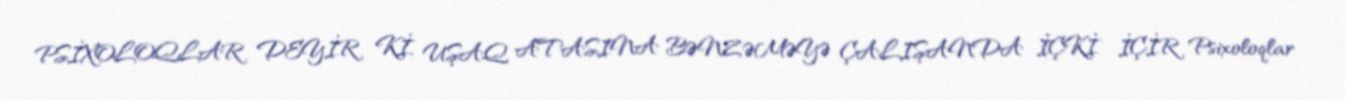
PSİXOLOQLAR DEYİR Kİ, UŞAQ ATASINA BƏNZƏMƏYƏ ÇALIŞANDA İÇKİ İÇİR Psixoloqlar